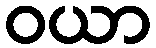
ဝယာ